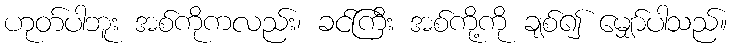
ဟုတ်ပါဘူး အစ်ကိုကလည်း၊ ခင်ကြီး အစ်ကို့ကို ချစ်၍ မျှော်ပါသည်။